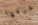
عرفها